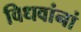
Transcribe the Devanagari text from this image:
विधवांनां